Report on sanitation, dispensaries, and jails in Rajputana for 1921, and on vaccination for the year 1921-1922 - 1921-1922
Year: 1921
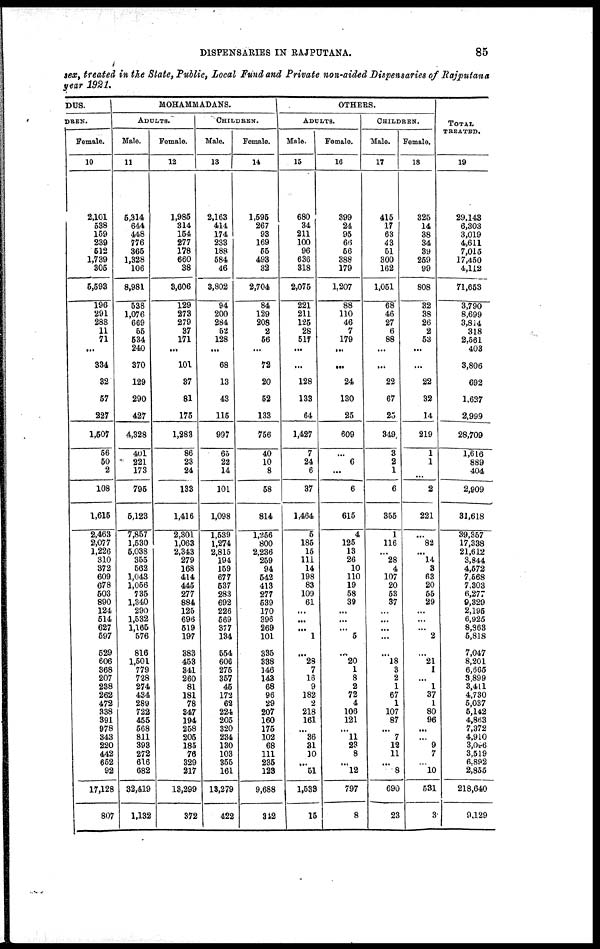
DISPENSARIES IN RAJPUTANA.
85
sex, treated in the State, Public, Local Fund and Private non-aided Dispensaries of Rajputana
year 1921.
DUS.
DREN.
Female.
10
2,101
538
159
239
512
1,739
305
5,593
196
291
288
11
71
...
334
32
57
227
1,507
56
50
2
108
1,615
2,463
2,077
1,226
310
372
609
678
503
890
124
514
627
597
529
606
368
207
238
262
472
338
391
978
343
220
442
652
92
17,128
807
MOHAMMADANS.
ADULTS.
Male.
11
5,314
644
448
776
365
1,328
106
8,981
538
1,076
669
55
534
240
370
129
290
427
4,328
401
221
173
795
5,123
7,857
1,530
5,038
355
562
1,043
1,056
735
1,340
290
1,532
1,165
576
816
1,501
779
728
274
434
289
722
455
568
811
393
272
616
682
32,419
1,132
Female.
12
1,985
314
154
277
178
660
38
3,606
129
273
279
37
171
...
101
37
81
175
1,283
86
23
24
133
1,416
2,301
1,063
2,343
279
168
414
445
277
884
125
696
519
197
383
453
341
260
81
181
78
347
194
258
205
185
76
329
217
13,299
372
CHILDREN.
Male.
13
2,163
414
174
233
188
584
46
3,802
94
200
284
52
128
...
68
13
43
115
997
65
22
14
101
1,098
1,539
1,274
2,815
194
159
677
537
283
692
226
569
377
134
554
606
275
357
45
172
62
224
205
320
234
130
103
355
161
13,279
422
Female.
14
1,595
267
93
169
55
493
32
2,704
84
129
208
2
56
...
72
20
52
133
756
40
10
8
58
814
1,256
800
2,236
259
94
542
413
277
539
170
396
269
101
335
338
146
143
68
96
29
207
160
176
102
68
111
235
123
9,688
342
OTHERS.
ADULTS.
Male.
15
680
34
211
100
96
636
318
2,075
221
211
125
28
517
...
...
128
133
64
1,427
7
24
6
37
1,464
5
185
15
111
14
198
83
109
61
...
...
...
1
...
28
7
16
9
182
2
218
161
...
36
31
10
...
51
1,533
15
Female.
16
399
24
95
66
56
388
179
1,207
88
110
46
7
179
...
...
24
130
25
609
...
6
...
6
615
4
125
13
26
10
110
19
58
39
...
...
...
5
...
20
1
8
2
72
4
106
121
...
11
23
8
...
12
797
8
CHILDREN.
Male.
17
415
17
63
43
51
300
162
1,051
68
46
27
6
88
...
...
22
67
25
349
3
2
1
6
355
1
116
...
28
4
107
20
53
37
...
...
...
...
...
18
3
2
1
67
1
107
87
...
7
12
11
...
8
690
23
Female.
18
325
14
38
34
39
259
99
808
32
38
26
2
53
...
...
22
32
14
219
1
1
...
2
221
...
82
...
14
3
63
20
55
29
...
...
...
2
...
21
1
...
1
37
1
80
96
...
...
9
7
...
10
531
3
TOTAL
TREATED.
19
29,143
6,303
3,019
4,611
7,015
17,450
4,112
71,653
3,790
8,699
3,814
318
2,561
403
3,806
692
1,627
2,999
28,709
1,616
889
404
2,909
31,618
39,357
17,338
21,612
3,844
4,572
7,568
7,303
6,277
9,329
2,195
6,925
8,863
5,818
7,047
8,201
6,665
3,899
3,411
4,730
5,037
5,142
4,863
7,372
4,910
3,096
3,519
6,892
2,855
218,640
9,129